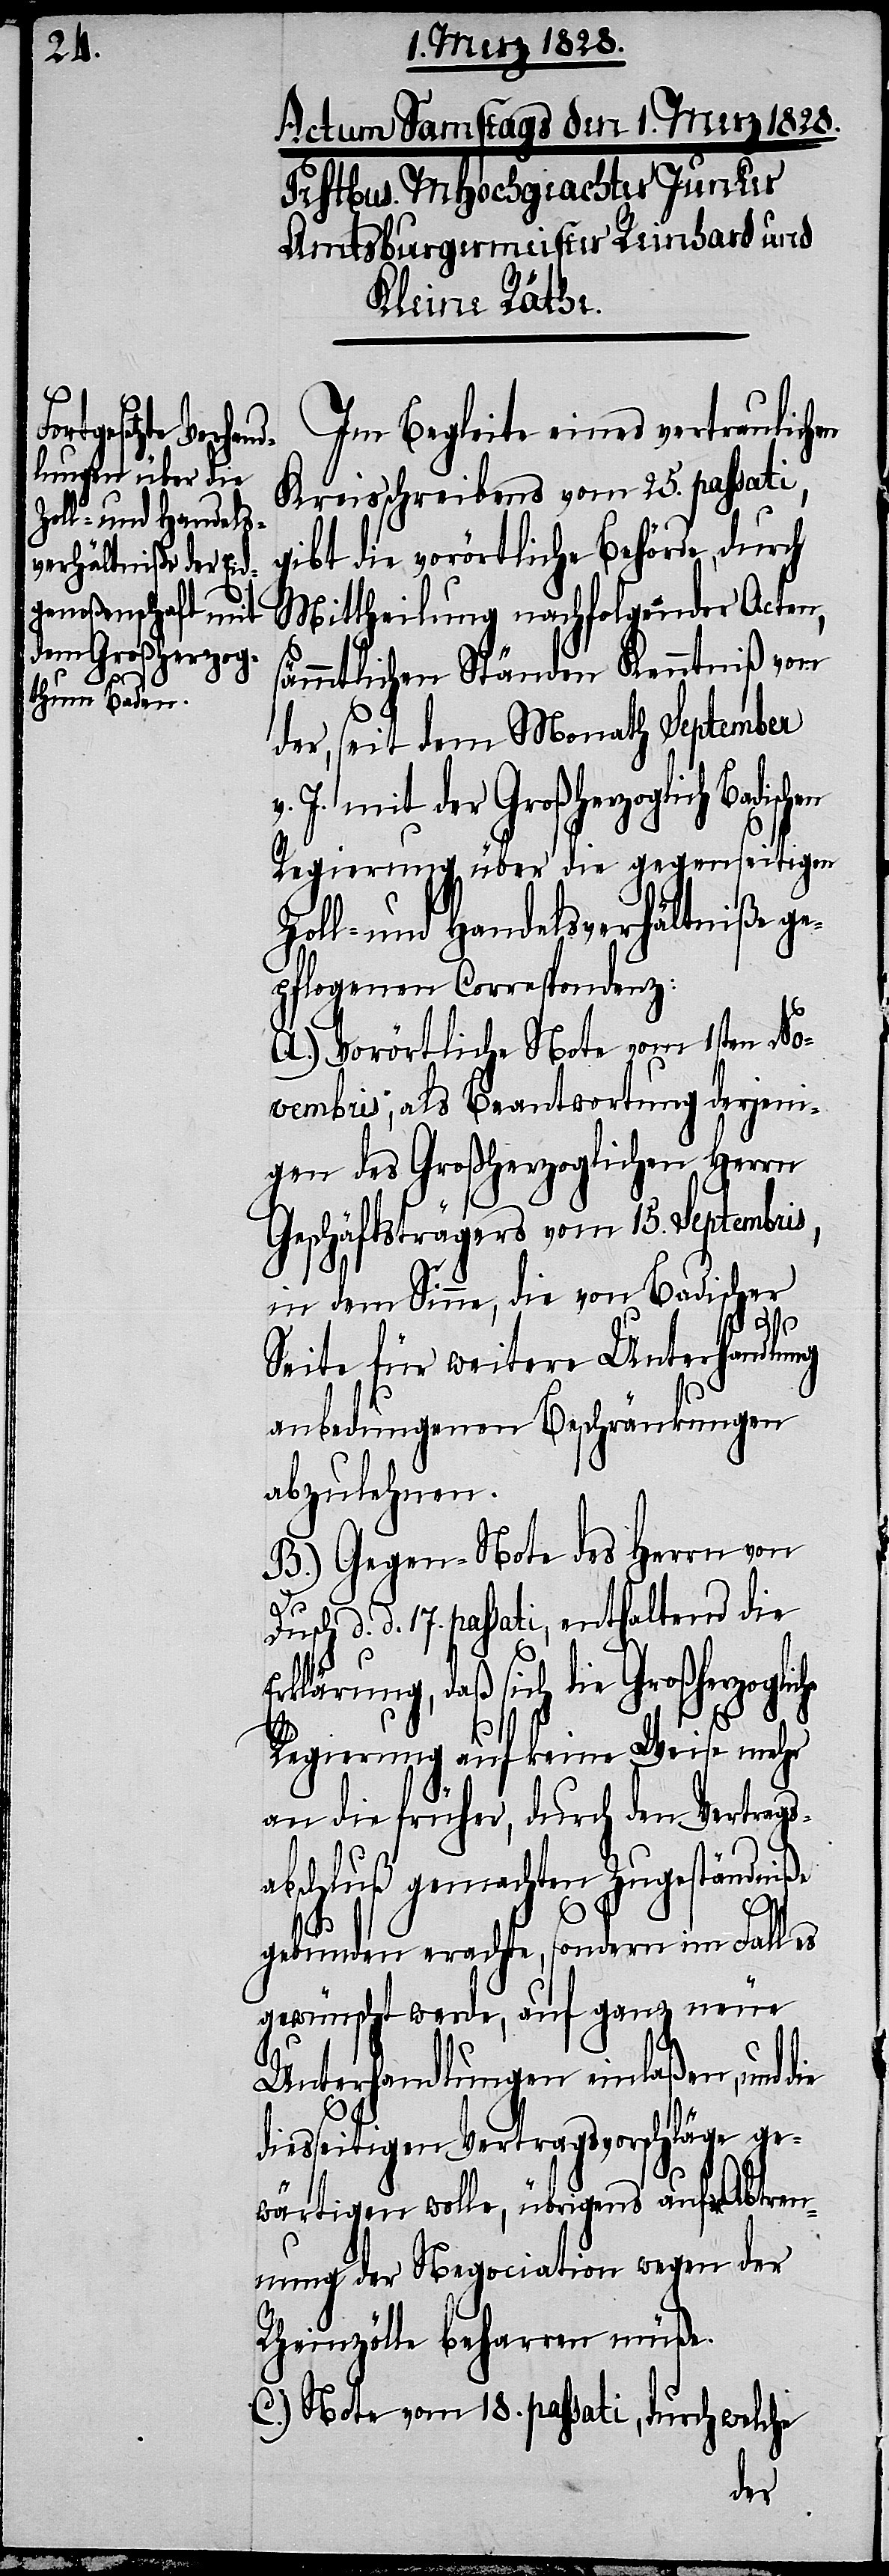
Im Begleite eines vertraulichen
Kreisschreibens vom 25. passati,
gibt die vorörtliche Behörde, durch
Mittheilung nachfolgender Acten,
ämmtlichen Ständen Kenntniß von
der, seit dem Monath September
J. mit der Großherzogliche
Regierung über die gegenseitigen
Zoll- und Handelsverhältniße ge¬
pflogenen Correspondenz:
A.) Vorörtliche Note vom 1sten No¬
vembris; als Beantwortung derjeni¬
gen des Großherzoglichen Herrn
Geschäftsträgers vom 15. Septembris,
in dem Sinne, die von Badischer
Seite für weitere Unterhandlung
anbedungenen Beschränkungen
abzulehnen.
B.) Gegen-Note des Herrn von
d. d. 17. passati, enthaltend die
Erklärung, daß sich die Großherzogliche
s¬
Regierung auf keine Weise mehr
an die früher, durch den Vertrags¬
abschluß gemachten Zugeständniße
gebunden erachte, sondern im Fall es
gewünscht werde, auf ganz neue
Unterhandlungen einlaßen, und die
diesseitigen Vertragsvorschläge ge¬
wärtigen wolle, übrigens auf Abtren¬
nung der Negociation wegen der
Rheinzölle beharren müße.
C.) Note vom 18. passati, durch welche